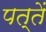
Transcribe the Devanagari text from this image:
पत्तें